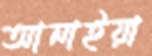
আনাইয়া